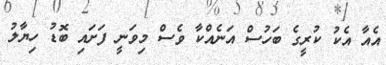
އެއާ އެކު ކުރީގެ ބަހުސް އަނެއްކާ ވެސް މިވަނީ ފަށައި ބޮޑު ހިޔާލު